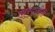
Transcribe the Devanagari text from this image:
शारद्जीनी